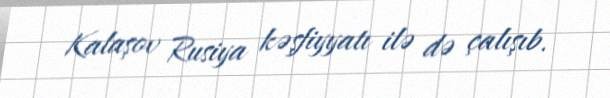
Kalaşov Rusiya kəşfiyyatı ilə də çalışıb.